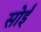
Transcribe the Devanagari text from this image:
सोईं